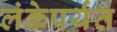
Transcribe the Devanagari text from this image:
लंकेपर्यंत